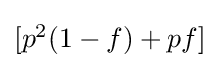
{\textstyle [p^{2}(1-f)+pf]}